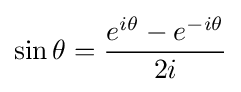
\sin \theta ={\frac {e^{i\theta }-e^{-i\theta }}{2i}}